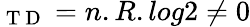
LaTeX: _{\mathrm{~T~D~}}=n.R.log\textit{}2\neq 0